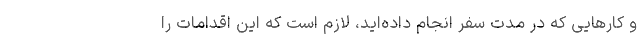
و کارهایی که در مدت سفر انجام داده‌اید، لازم است که این اقدامات را